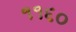
૧૧૬૦